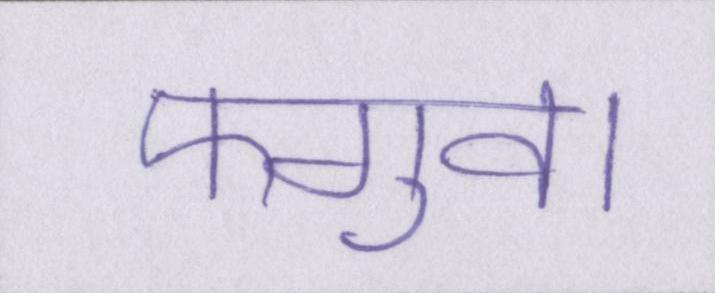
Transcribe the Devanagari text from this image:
फगुवा